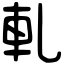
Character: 軋